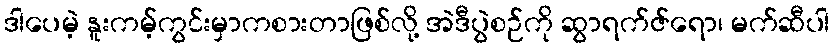
ဒါပေမဲ့ နူးကမ့်ကွင်းမှာကစားတာဖြစ်လို့ အဲဒီပွဲစဉ်ကို ဆွာရက်ဇ်ရော၊ မက်ဆီပါ